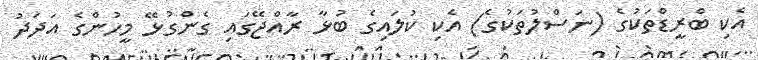
އެކި ބްރީޑްތަކުގެ (ނަސްލުތަކުގެ) އެކި ކުލައިގެ ބުޅާ ރާއްޖޭގައި ގެންގުޅޭ މީހުންގެ އަދަދު